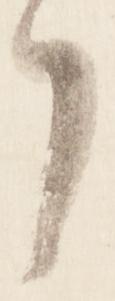
者